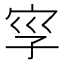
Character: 𡥜